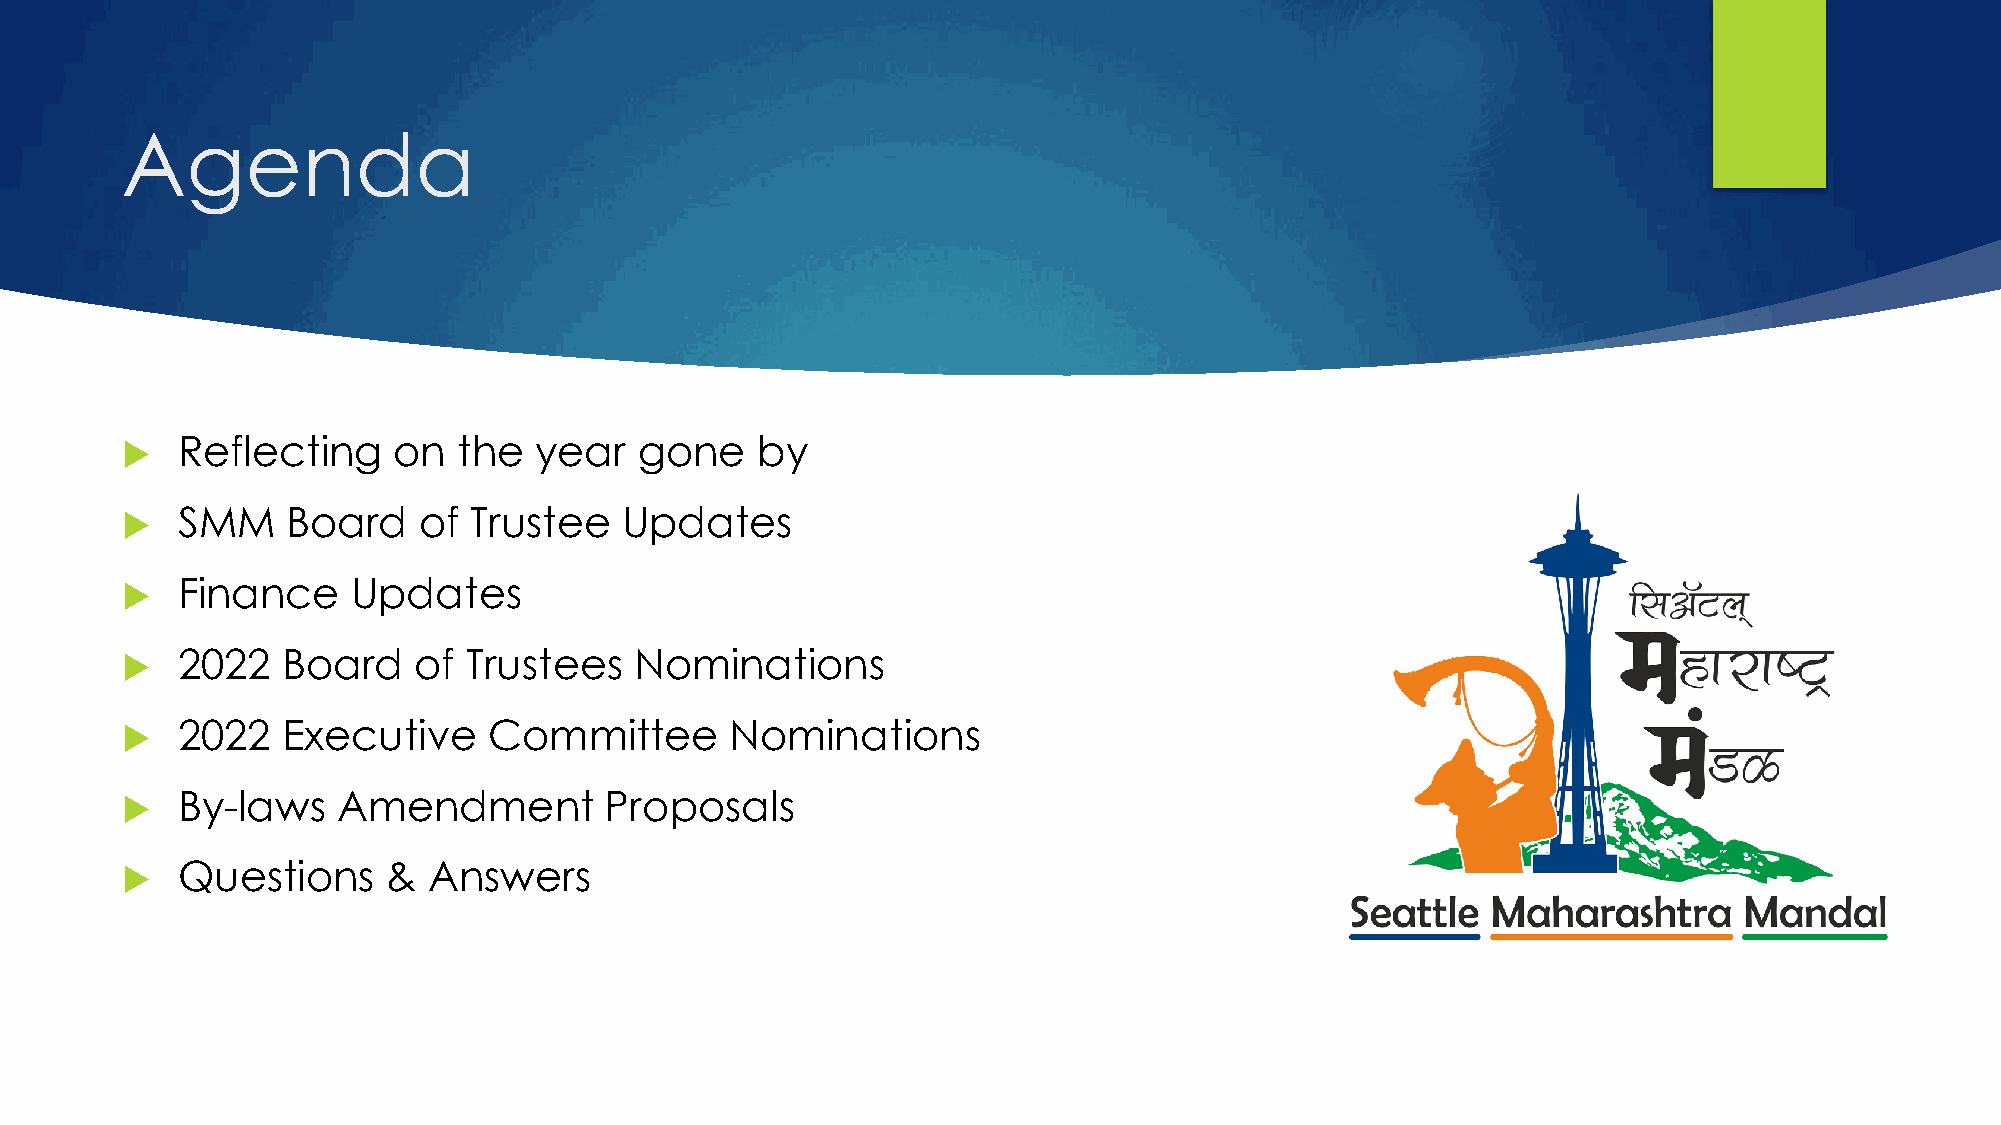
Agenda
 Reflecting    on  the  year   gone    by
 
 SMM    Board    of Trustee   Updates
 
 Finance    Updates
 
 2022   Board   of  Trustees   Nominations
 
 2022   Executive    Committee       Nominations
 
 By-laws   Amendment         Proposals
 
 Questions     & Answers
 